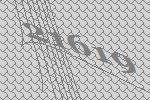
21619